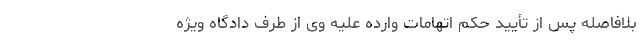
بلافاصله پس از تأیید حکم اتهامات وارده علیه وی از طرف دادگاه ویژه